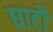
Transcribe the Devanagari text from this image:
घाटौं